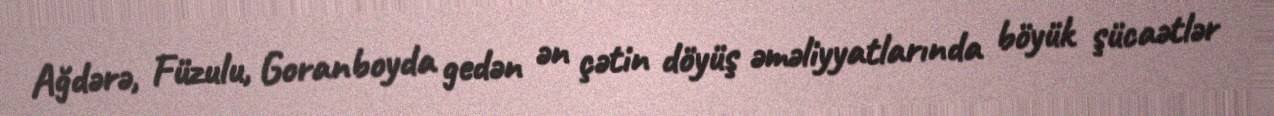
Ağdərə, Füzulu, Goranboyda gedən ən çətin döyüş əməliyyatlarında böyük şücaətlər